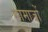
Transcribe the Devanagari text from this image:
सामाजों